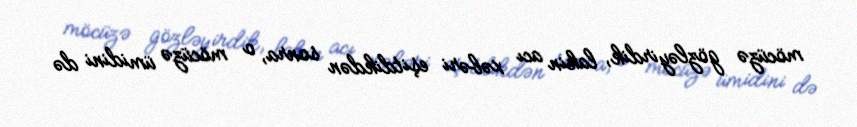
möcüzə gözləyirdik, lakin acı xəbəri eşitdikdən sonra, o möcüzə ümidini də